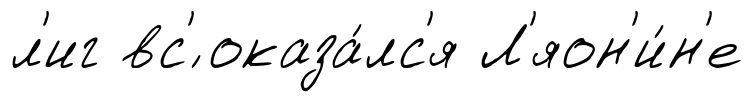
л'иг вс'́ оказа́лс'я Л'яон'и́н'е